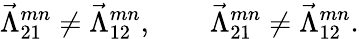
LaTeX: \vec{\Lambda}_{21}^{mn}\neq\vec{\Lambda}_{12}^{mn},\qquad\vec{\Lambda}_{21}^{mn}\neq\vec{\Lambda}_{12}^{mn}.